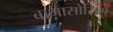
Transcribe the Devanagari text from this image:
बागासोसिस